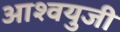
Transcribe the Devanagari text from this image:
आश्वयुजी